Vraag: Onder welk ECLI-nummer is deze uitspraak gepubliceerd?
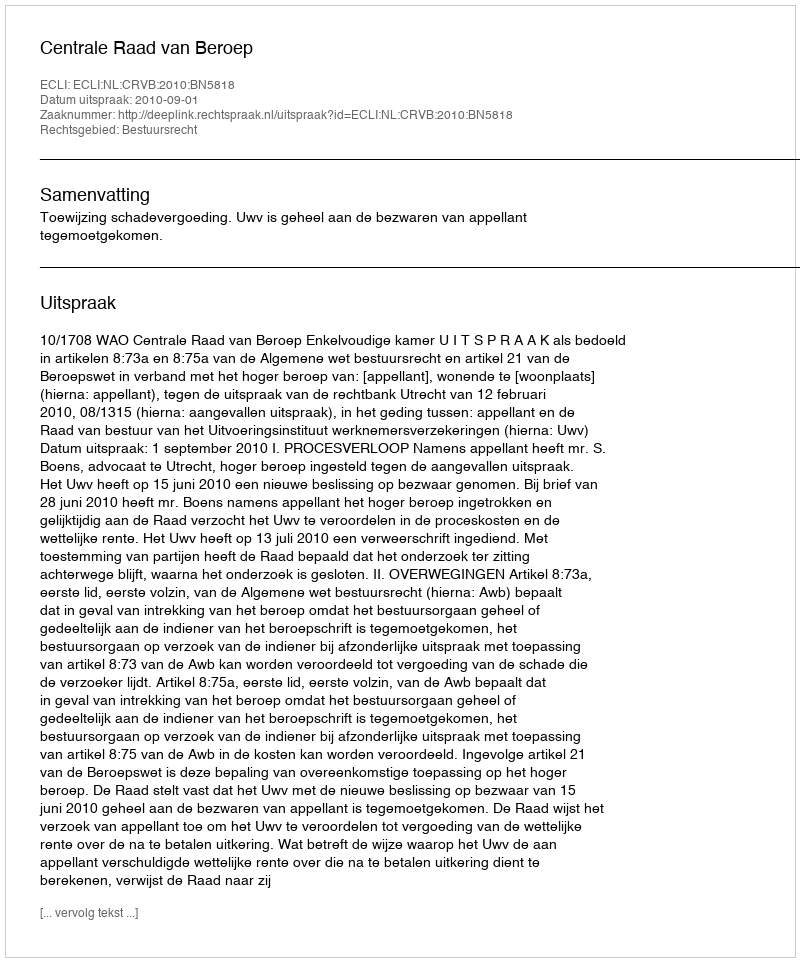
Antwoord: ECLI:NL:CRVB:2010:BN5818